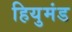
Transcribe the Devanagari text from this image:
हियुमंड